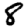
Digit: 8